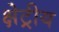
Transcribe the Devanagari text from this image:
क्षेट्रीय